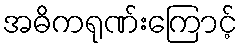
အဓိကရုဏ်းကြောင့်